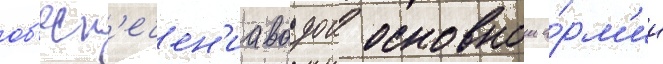
об'есп'ечен'иа водои основнои а́рм'ии